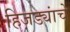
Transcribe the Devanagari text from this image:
हिजड्यांचे